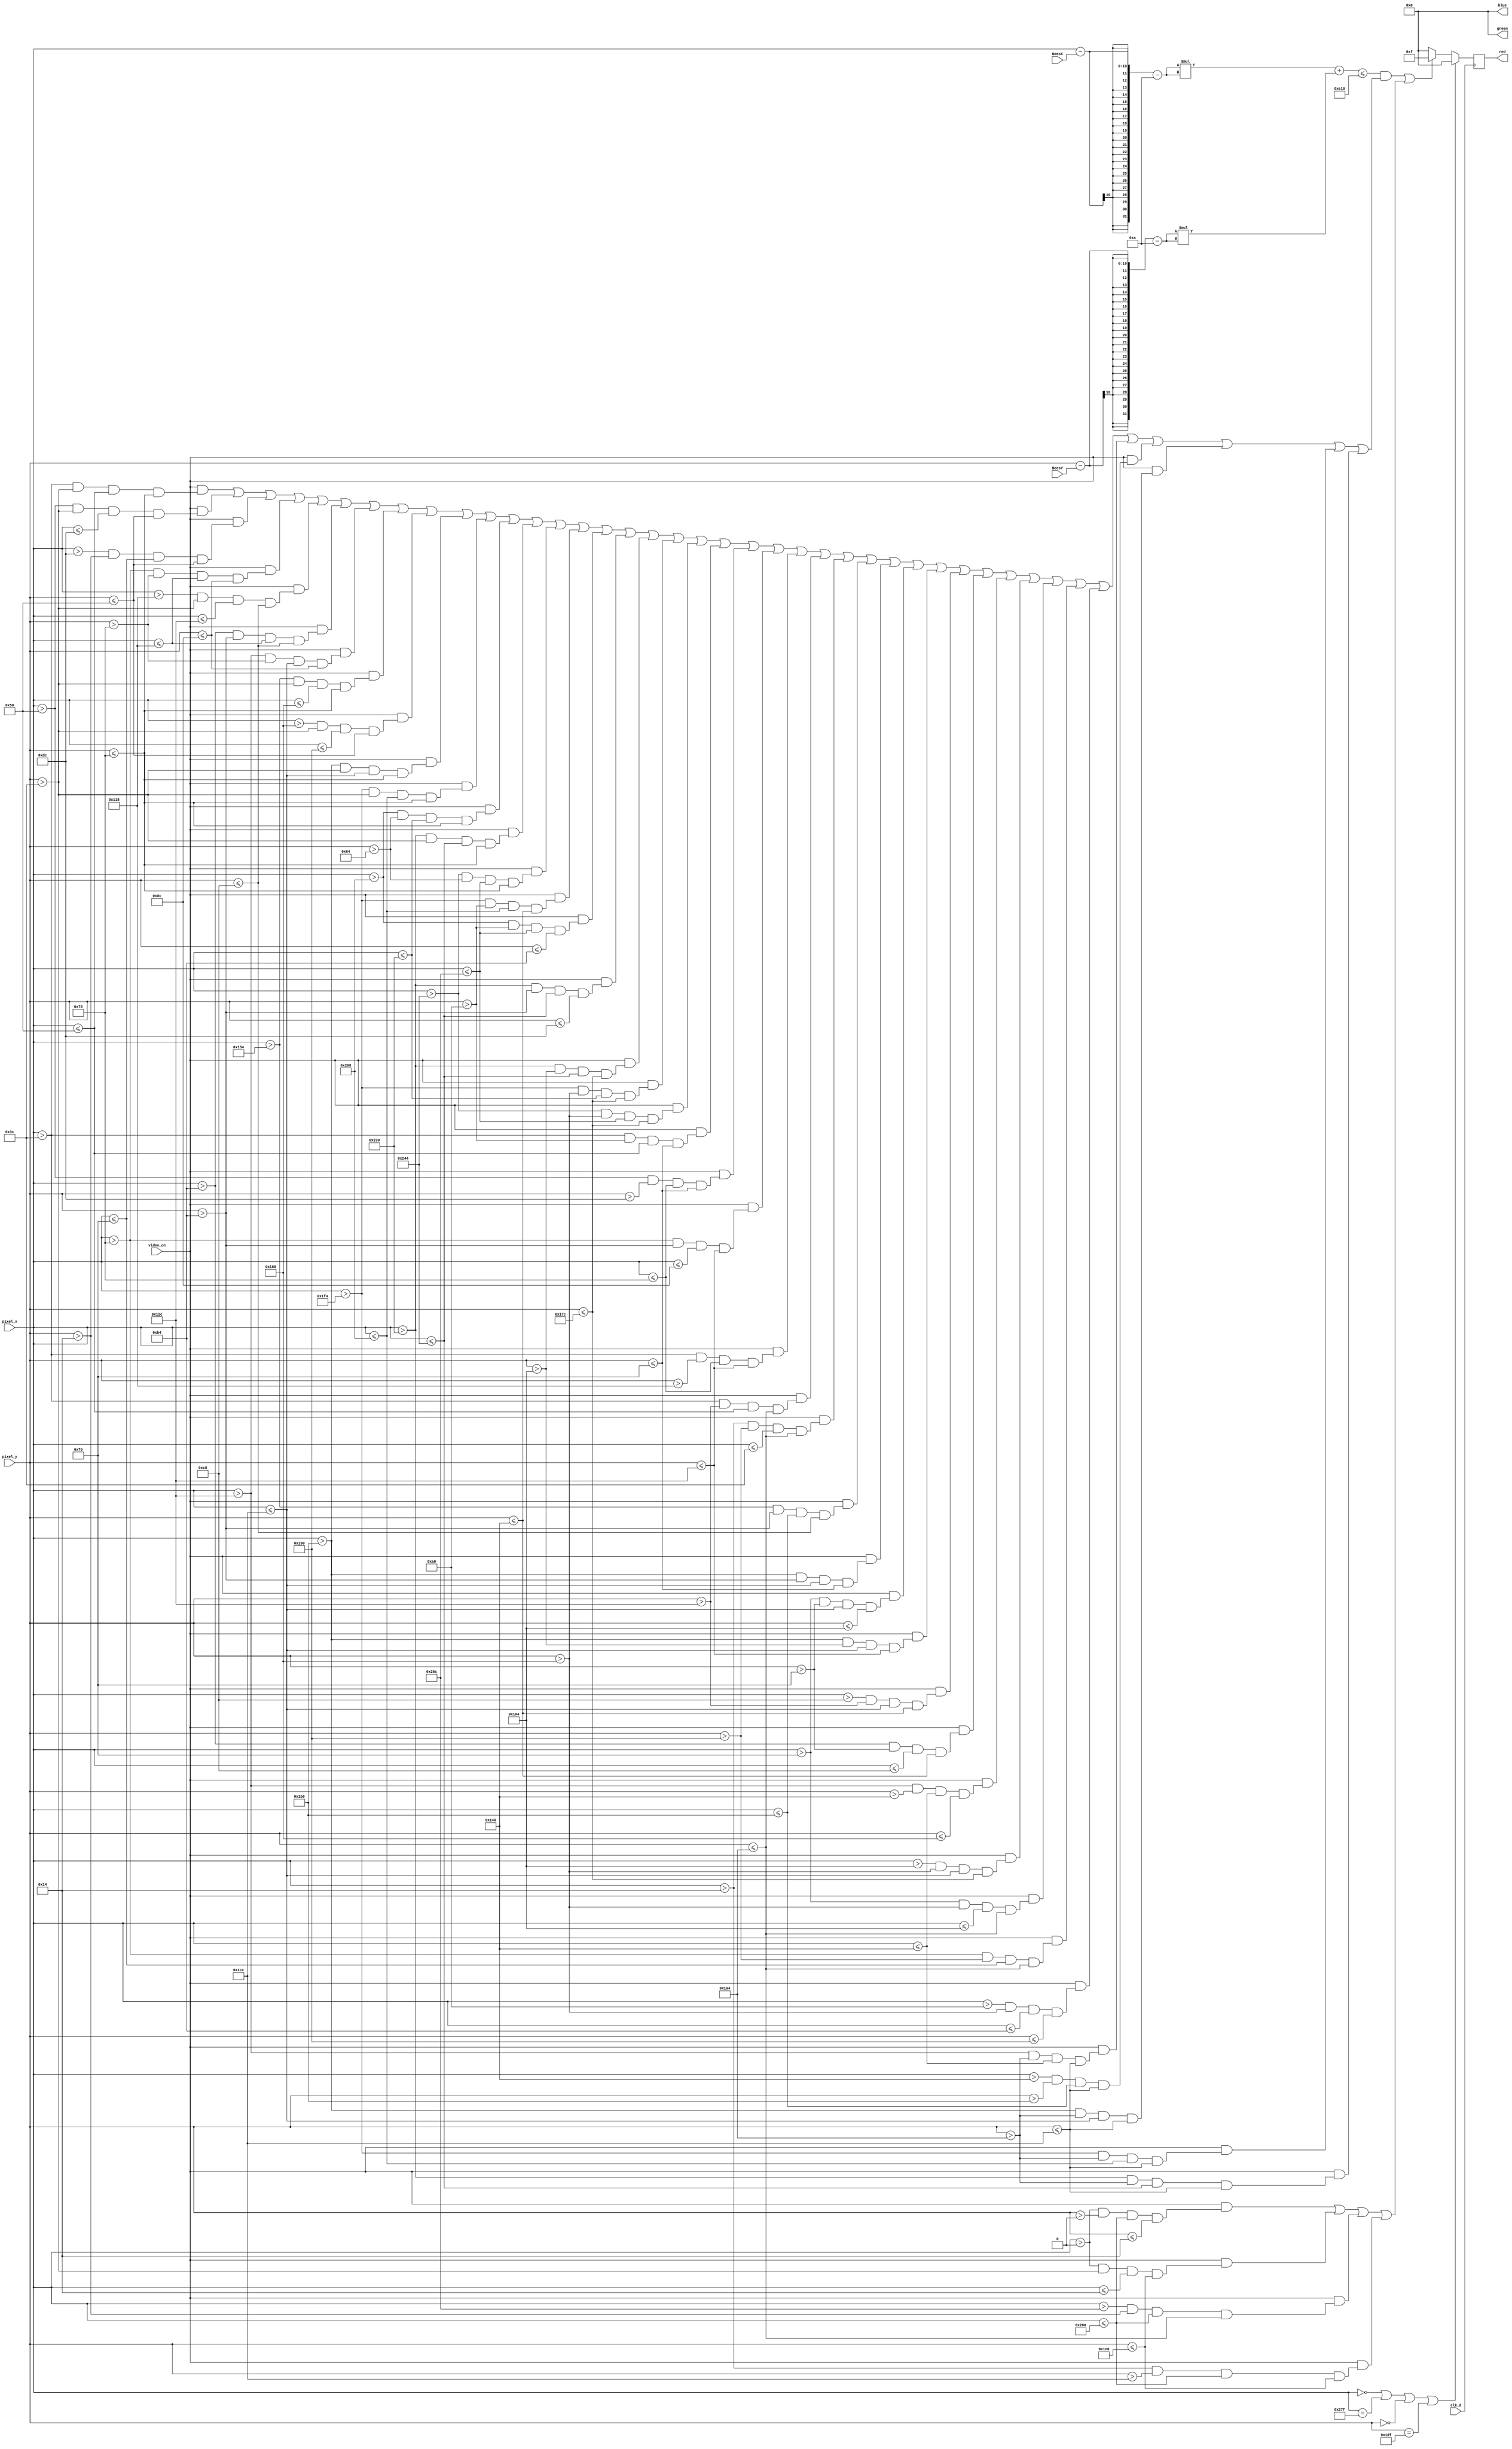
`timescale 1ns / 1ps
//////////////////////////////////////////////////////////////////////////////////
// Company:
// Engineer:
//
// Design Name:
// Module Name: blob
// Project Name:
// Target Devices:
// Tool Versions:
// Description:
//
// Dependencies:
//
// Revision:
// Revision 0.01 - File Created
// Additional Comments:
//
//////////////////////////////////////////////////////////////////////////////////

module maze_draw(
    input wire clk_d,
    input wire [9:0] pixel_x,
    input wire [9:0] pixel_y,
    input wire video_on,
    input wire [9:0] BeesX,
    input wire [8:0] BeesY,
    output reg [3:0] red=0,
    output reg [3:0] green=0,
    output reg [3:0] blue=0
    );
    
    wire square = ((pixel_x-BeesX-10)*(pixel_x-BeesX-10) + (pixel_y-BeesY-10)*(pixel_y-BeesY-10))<=3600;

    //Block 1 Border
    wire b1 = (pixel_x > 0 & pixel_y > 0 & (pixel_x <= 640 ) & (pixel_y <= 20));
   
    //Block 2 Border
    wire b2 = (pixel_x > 0 & pixel_y > 60 & (pixel_x <= 20 ) & (pixel_y <= 480));
   
    //block 3 Border
    wire b3 = (pixel_x > 620 & pixel_y > 20 & (pixel_x <= 640 ) & (pixel_y <= 420));
   
    //block 4 Border
    wire b4 = (pixel_x > 20 & pixel_y > 460 & (pixel_x <= 640 ) & (pixel_y <= 480));
   
    //Blocks
    wire m1 = (pixel_x > 60 & pixel_y > 60 & (pixel_x <= 80 ) & (pixel_y <= 120));
   
    wire m2 = (pixel_x > 80 & pixel_y > 60 & (pixel_x <= 220 ) & (pixel_y <= 80));
   
    wire m3 = (pixel_x > 220 & pixel_y > 20 & (pixel_x <= 240 ) & (pixel_y <= 80));
   
    wire m4 = (pixel_x > 120 & pixel_y > 120 & (pixel_x <= 280 ) & (pixel_y <= 140));
   
    wire m5 = (pixel_x > 280 & pixel_y > 60 & (pixel_x <= 300 ) & (pixel_y <= 200));
   
    wire m6 = (pixel_x > 180 & pixel_y > 180 & (pixel_x <= 280 ) & (pixel_y <= 200));
   
    wire m7 = (pixel_x > 300 & pixel_y > 120 & (pixel_x <= 460 ) & (pixel_y <= 140));
   
    wire m8 = (pixel_x > 340 & pixel_y > 60 & (pixel_x <= 360 ) & (pixel_y <= 120));
   
    wire m9 = (pixel_x > 360 & pixel_y > 60 & (pixel_x <= 400 ) & (pixel_y <= 80));
   
    wire m10 = (pixel_x > 440 & pixel_y > 60 & (pixel_x <= 460 ) & (pixel_y <= 120));
   
    wire m11 = (pixel_x > 500 & pixel_y > 60 & (pixel_x <= 520 ) & (pixel_y <= 120));
   
    wire m12 = (pixel_x > 520 & pixel_y > 100 & (pixel_x <= 560 ) & (pixel_y <= 120));
   
    wire m13 = (pixel_x > 560 & pixel_y > 60 & (pixel_x <= 580 ) & (pixel_y <= 120));
   
    wire m14 = (pixel_x > 580 & pixel_y > 100 & (pixel_x <= 620 ) & (pixel_y <= 120));
   
    wire m15 = (pixel_x > 500 & pixel_y > 160 & (pixel_x <= 520 ) & (pixel_y <= 320));
   
    wire m16 = (pixel_x > 520 & pixel_y > 160 & (pixel_x <= 620 ) & (pixel_y <= 180));
   
    wire m17 = (pixel_x > 560 & pixel_y > 180 & (pixel_x <= 580 ) & (pixel_y <= 220));
   
    wire m18 = (pixel_x > 560 & pixel_y > 260 & (pixel_x <= 580 ) & (pixel_y <= 380));
   
    wire m19 = (pixel_x > 500 & pixel_y > 360 & (pixel_x <= 560 ) & (pixel_y <= 380));
   
    wire m20 = (pixel_x > 580 & pixel_y > 360 & (pixel_x <= 620 ) & (pixel_y <= 380));
   
    wire m21 = (pixel_x > 60 & pixel_y > 160 & (pixel_x <= 80 ) & (pixel_y <= 240));

    wire m22 = (pixel_x > 80 & pixel_y > 220 & (pixel_x <= 120 ) & (pixel_y <= 240));
   
    wire m23 = (pixel_x > 120 & pixel_y > 180 & (pixel_x <= 140 ) & (pixel_y <= 300));
   
    wire m24 = (pixel_x > 60 & pixel_y > 280 & (pixel_x <= 120 ) & (pixel_y <= 300));
   
    wire m25 = (pixel_x > 60 & pixel_y > 300 & (pixel_x <= 80 ) & (pixel_y <= 420));
   
    wire m27 = (pixel_x > 20 & pixel_y > 400 & (pixel_x <= 60 ) & (pixel_y <= 420));
   
    wire m28 = (pixel_x > 340 & pixel_y > 180 & (pixel_x <= 440 ) & (pixel_y <= 200));
   
    wire m29 = (pixel_x > 440 & pixel_y > 180 & (pixel_x <= 460 ) & (pixel_y <= 240));
   
    wire m30 = (pixel_x > 240 & pixel_y > 240 & (pixel_x <= 460 ) & (pixel_y <= 260));
   
    wire m31 = (pixel_x > 440 & pixel_y > 260 & (pixel_x <= 460 ) & (pixel_y <= 300));
   
    wire m32 = (pixel_x > 200 & pixel_y > 300 & (pixel_x <= 460 ) & (pixel_y <= 320));
   
    wire m33 = (pixel_x > 180 & pixel_y > 240 & (pixel_x <= 200 ) & (pixel_y <= 320));
   
    wire m34 = (pixel_x > 300 & pixel_y > 320 & (pixel_x <= 320 ) & (pixel_y <= 360));
   
    wire m35 = (pixel_x > 260 & pixel_y > 360 & (pixel_x <= 460 ) & (pixel_y <= 380));
   
    wire m36 = (pixel_x > 240 & pixel_y > 360 & (pixel_x <= 260 ) & (pixel_y <= 420));
   
    wire m37 = (pixel_x > 120 & pixel_y > 400 & (pixel_x <= 240 ) & (pixel_y <= 420));
   
    wire m38 = (pixel_x > 160 & pixel_y > 360 & (pixel_x <= 180 ) & (pixel_y <= 400));
   
    wire m39 = (pixel_x > 300 & pixel_y > 420 & (pixel_x <= 320 ) & (pixel_y <= 460));
   
    wire m40 = (pixel_x > 320 & pixel_y > 440 & (pixel_x <= 440 ) & (pixel_y <= 460));
   
    wire m41 = (pixel_x > 440 & pixel_y > 420 & (pixel_x <= 460 ) & (pixel_y <= 460));
   
    wire m42 = (pixel_x > 500 & pixel_y > 420 & (pixel_x <= 520 ) & (pixel_y <= 460));
   
    wire m43 = (pixel_x > 560 & pixel_y > 420 & (pixel_x <= 580 ) & (pixel_y <= 460));
   
   
   
always @(posedge clk_d) begin
        if ((pixel_x == 0) || (pixel_x == 639) || (pixel_y == 0) || (pixel_y == 479)) begin
            red <= 4'h0;
            green <= 4'h0;
            blue <= 4'h0;
            end
        else begin
       
            red <= (square & ((video_on & m1) || (video_on & m2) || (video_on & m3) || (video_on & m4) || (video_on & m5) || (video_on & m6) || (video_on & m7) || (video_on & m8) || (video_on & m9) || (video_on & m10) || (video_on & m11) || (video_on & m12) || (video_on & m13) || (video_on & m14) || (video_on & m15) || (video_on & m16) || (video_on & m17) || (video_on & m18) || (video_on & m19) || (video_on & m20) || (video_on & m21) || (video_on & m22) || (video_on & m23) || (video_on & m24) || (video_on & m25) || (video_on & m27) || (video_on & m28) || (video_on & m29) || (video_on & m30) || (video_on & m31) || (video_on & m32) || (video_on & m33) || (video_on & m34) || (video_on & m35) || (video_on & m36) || (video_on & m37) || (video_on & m38) || (video_on & m39) || (video_on & m40) || (video_on & m41) || (video_on & m42) || (video_on & m43))) || ((video_on & b1) || (video_on & b2) || (video_on & b3) || (video_on & b4)) ? 4'hF : 4'h0;
            green<=  4'h0;
            blue <=  4'h0;
        end
end    
   
endmodule